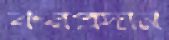
করপ্রদান